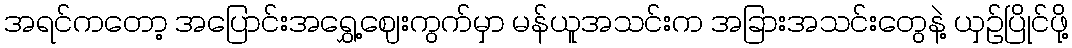
အရင်ကတော့ အပြောင်းအရွှေ့ဈေးကွက်မှာ မန်ယူအသင်းက အခြားအသင်းတွေနဲ့ ယှဉ်ပြိုင်ဖို့